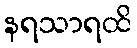
နရသာရထိ